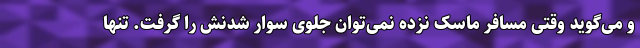
و می‌گوید وقتی مسافر ماسک نزده نمی‌توان جلوی سوار شدنش را گرفت. تنها